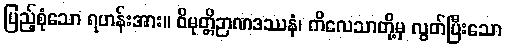
ပြည့်စုံသော ရဟန်းအား။ ဝိမုတ္တိဉာဏဒဿနံ၊ ကိလေသာတို့မှ လွတ်ပြီးသော